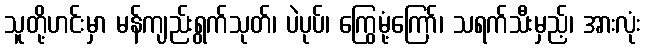
သူတို့ဟင်းမှာ မန်ကျည်းရွက်သုတ်၊ ပဲပုပ်၊ ကြွေမုံ့ကြော်၊ သရက်သီးမှည့်၊ အားလုံး